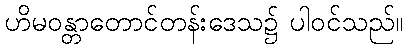
ဟိမဝန္တာတောင်တန်းဒေသ၌ ပါဝင်သည်။